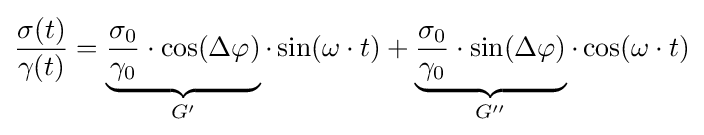
{\frac {\sigma (t)}{\gamma (t)}}=\underbrace {{\frac {\sigma _{0}}{\gamma _{0}}}\cdot \cos(\Delta \varphi )} _{G'}\cdot \sin(\omega \cdot t)+\underbrace {{\frac {\sigma _{0}}{\gamma _{0}}}\cdot \sin(\Delta \varphi )} _{G''}\cdot \cos(\omega \cdot t)